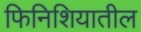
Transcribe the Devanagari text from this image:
फिनिशियातील